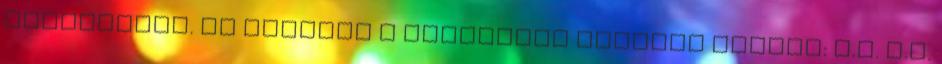
platánokat. Az egyiken a következő betűket láttam: K.M. Z.M.